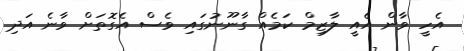
އެހީ ވާން އެއީ ލާޒިމް ކަމެއް ގާނޫނުގައި ވެސް އެގޮތަށް ވާނެ އަދި